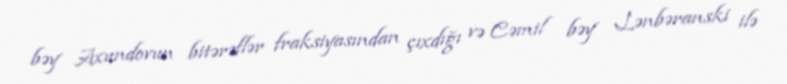
bəy Axundovun bitərəflər fraksiyasından çıxdığı və Cəmil bəy Lənbəranski ilə